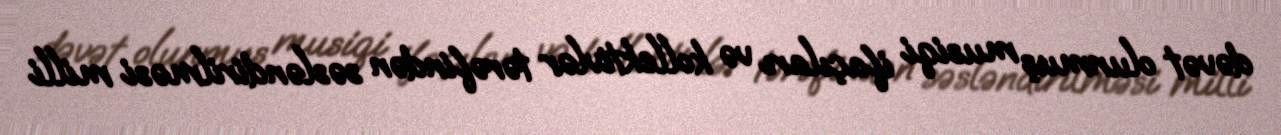
dəvət olunmuş musiqi ifaçıları və kollektivlər tərəfindən səsləndirilməsi milli